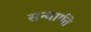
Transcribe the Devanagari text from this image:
सन्धार्यते